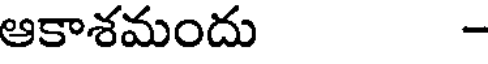
ఆకాశమందు -